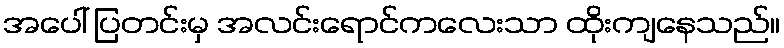
အပေါ် ပြတင်းမှ အလင်းရောင်ကလေးသာ ထိုးကျနေသည်။